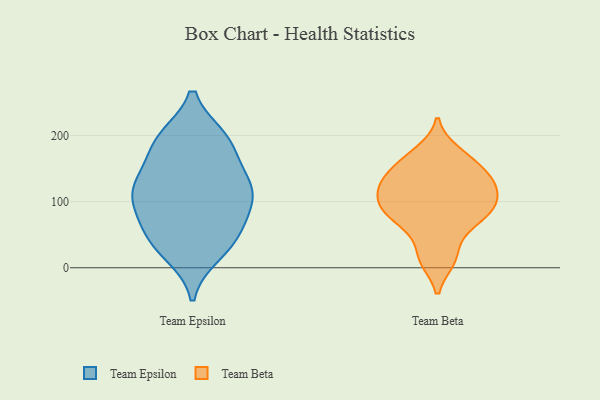
{"axis": {"x": "Website Visitors", "y": "Value"}, "legend": ["Team Beta", "Team Epsilon"], "data": [{"x": "", "y": 195, "type": "Team Epsilon"}, {"x": "", "y": 106, "type": "Team Epsilon"}, {"x": "", "y": 104, "type": "Team Epsilon"}, {"x": "", "y": 196, "type": "Team Epsilon"}, {"x": "", "y": 56, "type": "Team Epsilon"}, {"x": "", "y": 114, "type": "Team Epsilon"}, {"x": "", "y": 73, "type": "Team Epsilon"}, {"x": "", "y": 137, "type": "Team Epsilon"}, {"x": "", "y": 184, "type": "Team Epsilon"}, {"x": "", "y": 120, "type": "Team Epsilon"}, {"x": "", "y": 146, "type": "Team Epsilon"}, {"x": "", "y": 21, "type": "Team Epsilon"}, {"x": "", "y": 68, "type": "Team Epsilon"}, {"x": "", "y": 36, "type": "Team Epsilon"}, {"x": "", "y": 117, "type": "Team Epsilon"}, {"x": "", "y": 194, "type": "Team Epsilon"}, {"x": "", "y": 32, "type": "Team Epsilon"}, {"x": "", "y": 73, "type": "Team Beta"}, {"x": "", "y": 175, "type": "Team Beta"}, {"x": "", "y": 12, "type": "Team Beta"}, {"x": "", "y": 132, "type": "Team Beta"}, {"x": "", "y": 134, "type": "Team Beta"}, {"x": "", "y": 108, "type": "Team Beta"}, {"x": "", "y": 155, "type": "Team Beta"}, {"x": "", "y": 124, "type": "Team Beta"}, {"x": "", "y": 127, "type": "Team Beta"}, {"x": "", "y": 86, "type": "Team Beta"}, {"x": "", "y": 163, "type": "Team Beta"}, {"x": "", "y": 55, "type": "Team Beta"}, {"x": "", "y": 15, "type": "Team Beta"}, {"x": "", "y": 94, "type": "Team Beta"}, {"x": "", "y": 98, "type": "Team Beta"}, {"x": "", "y": 80, "type": "Team Beta"}]}